Civil Veterinary Dept. North-West Frontier Province 1933-46 - 1933-1946
Year: 1933
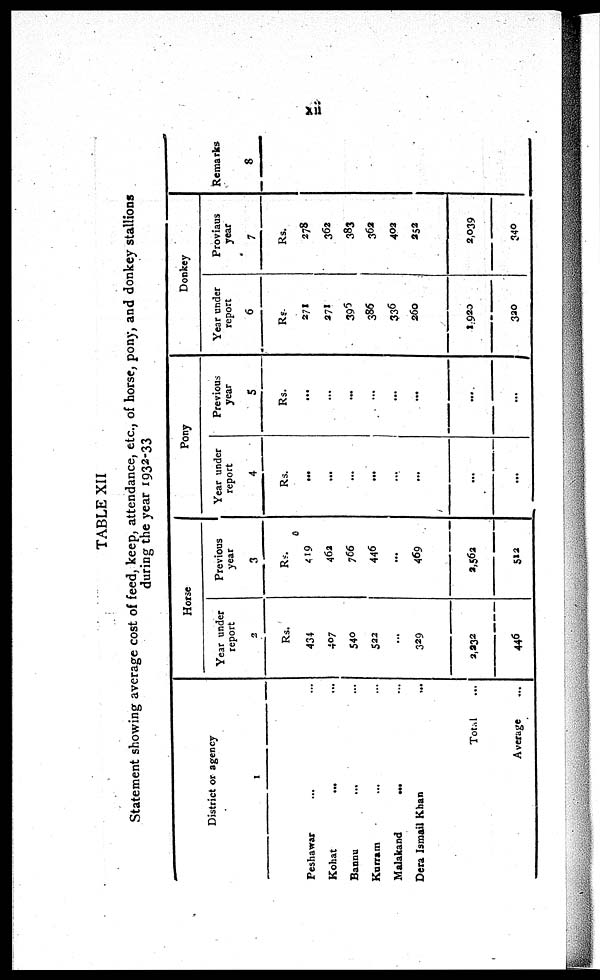
xii
TABLE XII
Statement showing average cost of feed, keep, attendance, etc., of horse, pony, and donkey stallions
during the year 1932-33
District or agency
1
Peshawar ... ...
Kohat ... ...
Bannu ... ...
Kurram ... ...
Malakand ... ...
Dera Ismail Khan
Total ...
Average ...
Horse
Year under
report
2
Rs.
434
407
540
522
...
329
3,232
446
Previous
year
3
Rs.
419
46a
766
446
...
469
2,562
512
Pony
Year under
report
4
Rs.
...
...
...
...
...
...
...
...
Previous
year
5
Rs.
...
...
...
...
...
...
Donkey
Year under
report
6
Rs.
271
371
395
386
336
260
1,920
320
Proviaus
year
7
Rs.
278
362
383
362
402
352
2,039
340
Remarks
8